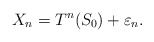
\begin{align*}X_n = T^n(S_0) + \varepsilon_n. \end{align*}